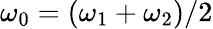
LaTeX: \omega_{0}=(\omega_{1}+\omega_{2})/2